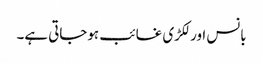
بانس اور لکڑی غائب ہوجاتی ہے۔